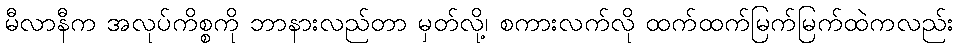
မီလာနီက အလုပ်ကိစ္စကို ဘာနားလည်တာ မှတ်လို့၊ စကားလက်လို ထက်ထက်မြက်မြက်ထဲကလည်း